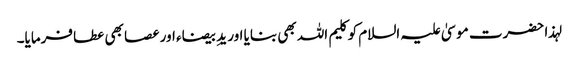
لہذا حضرت موسیٰ علیہ السلام کو کلیم اللہ بھی بنایا اور یدِ بیضاء اور عصا بھی عطا فرمایا۔